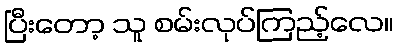
ပြီးတော့ သူ စမ်းလုပ်ကြည့်လေ။